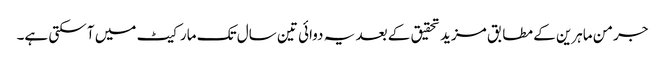
جرمن ماہرین کے مطابق مزید تحقیق کے بعد یہ دوائی تین سال تک مارکیٹ میں آ سکتی ہے۔